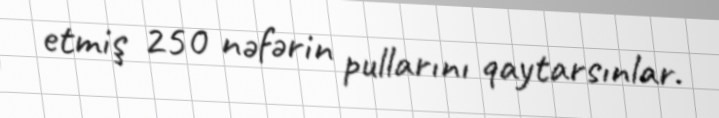
etmiş 250 nəfərin pullarını qaytarsınlar.